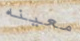
معينه